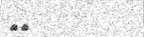
١٤